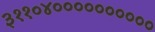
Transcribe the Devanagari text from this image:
३११०४००००००००००